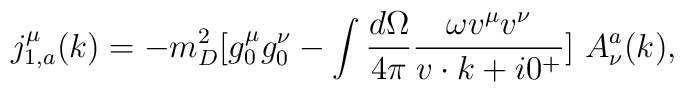
j^\mu_{1,a}(k)=-m_D^2[g_0^\mu g_0^\nu-\int {d \Omega\over 4\pi}{\omega v^\mu v^\nu\over v\cdot k +i0^+} ]\   A_\nu^a(k),